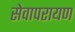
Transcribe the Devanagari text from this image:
सेवापरायण